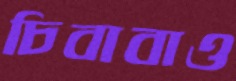
চিবাবাও